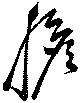
膽